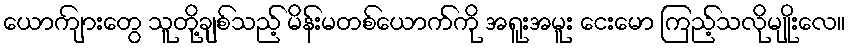
ယောကျ်ားတွေ သူတို့ချစ်သည့် မိန်းမတစ်ယောက်ကို အရူးအမူး ငေးမော ကြည့်သလိုမျိုးလေ။